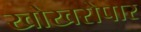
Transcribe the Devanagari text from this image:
खोखरोपार